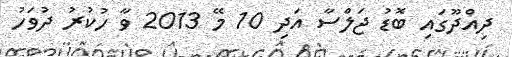
ދިއްދޫގައި ބޮޑު ޖަލްސާ އަދި 10 މޭ 2013 ވާ ހުކުރު ދުވަހު